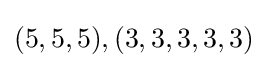
(5,5,5),(3,3,3,3,3)